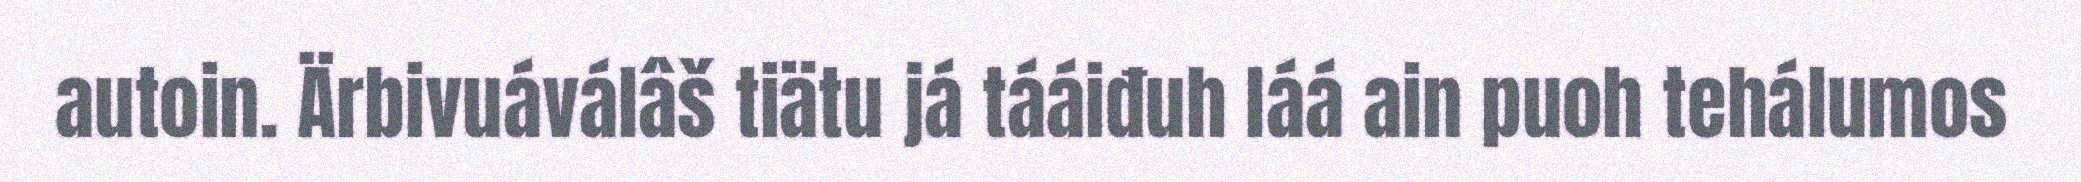
autoin. Ärbivuáválâš tiätu já tááiđuh láá ain puoh tehálumos